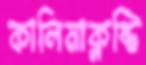
কালিমাক্লষ্টি